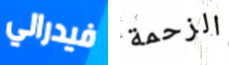
فيدرالي الزحمة